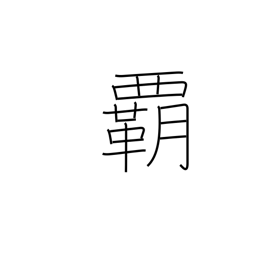
Meaning: supremacy